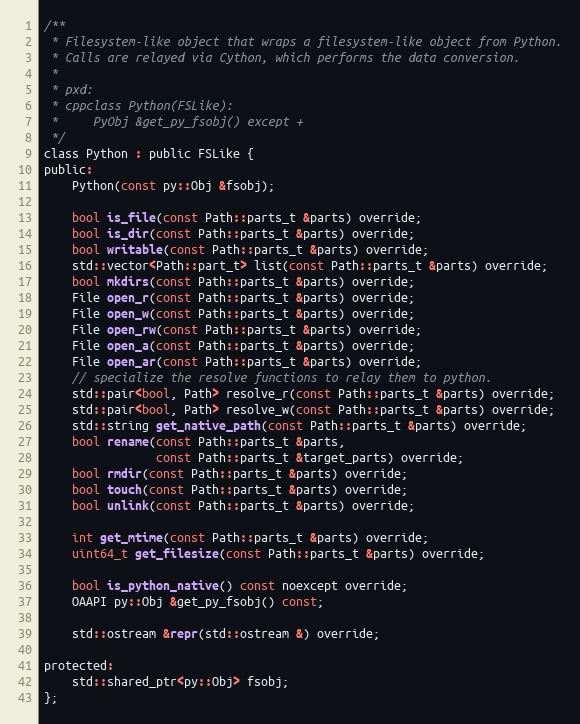
Language: C
/**
 * Filesystem-like object that wraps a filesystem-like object from Python.
 * Calls are relayed via Cython, which performs the data conversion.
 *
 * pxd:
 * cppclass Python(FSLike):
 *     PyObj &get_py_fsobj() except +
 */
class Python : public FSLike {
public:
	Python(const py::Obj &fsobj);

	bool is_file(const Path::parts_t &parts) override;
	bool is_dir(const Path::parts_t &parts) override;
	bool writable(const Path::parts_t &parts) override;
	std::vector<Path::part_t> list(const Path::parts_t &parts) override;
	bool mkdirs(const Path::parts_t &parts) override;
	File open_r(const Path::parts_t &parts) override;
	File open_w(const Path::parts_t &parts) override;
	File open_rw(const Path::parts_t &parts) override;
	File open_a(const Path::parts_t &parts) override;
	File open_ar(const Path::parts_t &parts) override;
	// specialize the resolve functions to relay them to python.
	std::pair<bool, Path> resolve_r(const Path::parts_t &parts) override;
	std::pair<bool, Path> resolve_w(const Path::parts_t &parts) override;
	std::string get_native_path(const Path::parts_t &parts) override;
	bool rename(const Path::parts_t &parts,
	            const Path::parts_t &target_parts) override;
	bool rmdir(const Path::parts_t &parts) override;
	bool touch(const Path::parts_t &parts) override;
	bool unlink(const Path::parts_t &parts) override;

	int get_mtime(const Path::parts_t &parts) override;
	uint64_t get_filesize(const Path::parts_t &parts) override;

	bool is_python_native() const noexcept override;
	OAAPI py::Obj &get_py_fsobj() const;

	std::ostream &repr(std::ostream &) override;

protected:
	std::shared_ptr<py::Obj> fsobj;
};